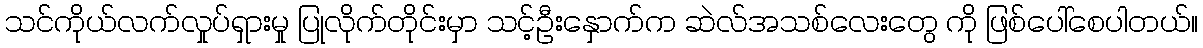
သင်ကိုယ်လက်လှုပ်ရှားမှု ပြုလိုက်တိုင်းမှာ သင့်ဦးနှောက်က ဆဲလ်အသစ်လေးတွေ ကို ဖြစ်ပေါ်စေပါတယ်။